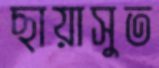
ছায়াসুত